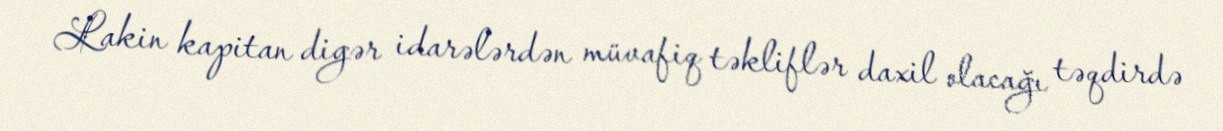
Lakin kapitan digər idarələrdən müvafiq təkliflər daxil olacağı təqdirdə